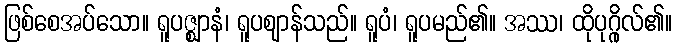
ဖြစ်စေအပ်သော။ ရူပဇ္ဈာနံ၊ ရူပဈာန်သည်။ ရူပံ၊ ရူပမည်၏။ အဿ၊ ထိုပုဂ္ဂိုလ်၏။